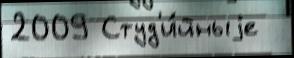
2009 Студ'и́йныjе